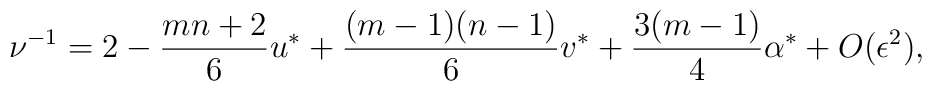
\nu^{-1} = 2 -{m n+2 \over 6}u^\ast+    {(m-1)(n-1) \over 6}v^\ast+{3(m-1) \over 4}\alpha^\ast +    O(\epsilon^2),